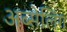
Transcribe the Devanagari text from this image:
अब्सेलिंग